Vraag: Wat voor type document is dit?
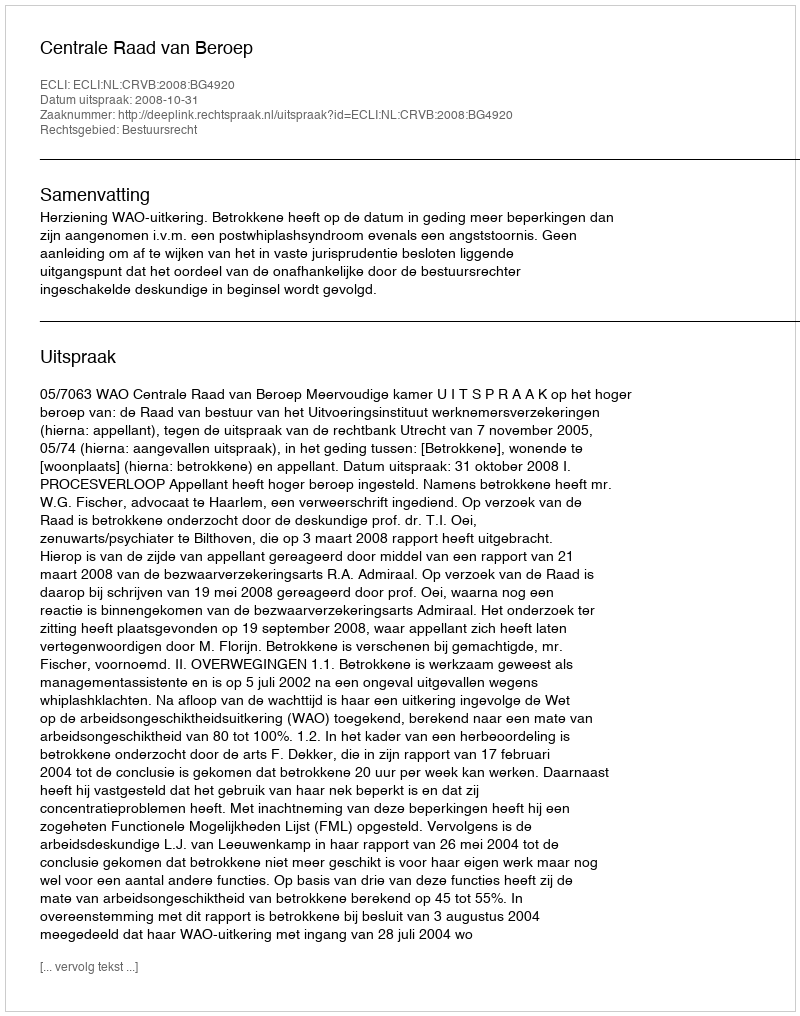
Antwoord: Uitspraak